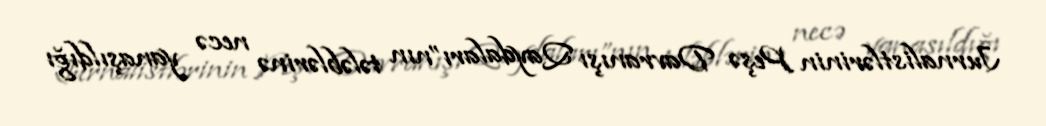
Jurnalistlərinin Peşə Davranışı Qaydaları”nın tələblərinə necə yanaşıldığı